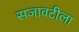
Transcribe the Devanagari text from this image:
सजावटीला